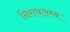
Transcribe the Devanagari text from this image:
निरावलम्ब